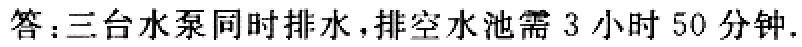
答：三台水泵同时排水，排空水池需 3 小时 50 分钟.